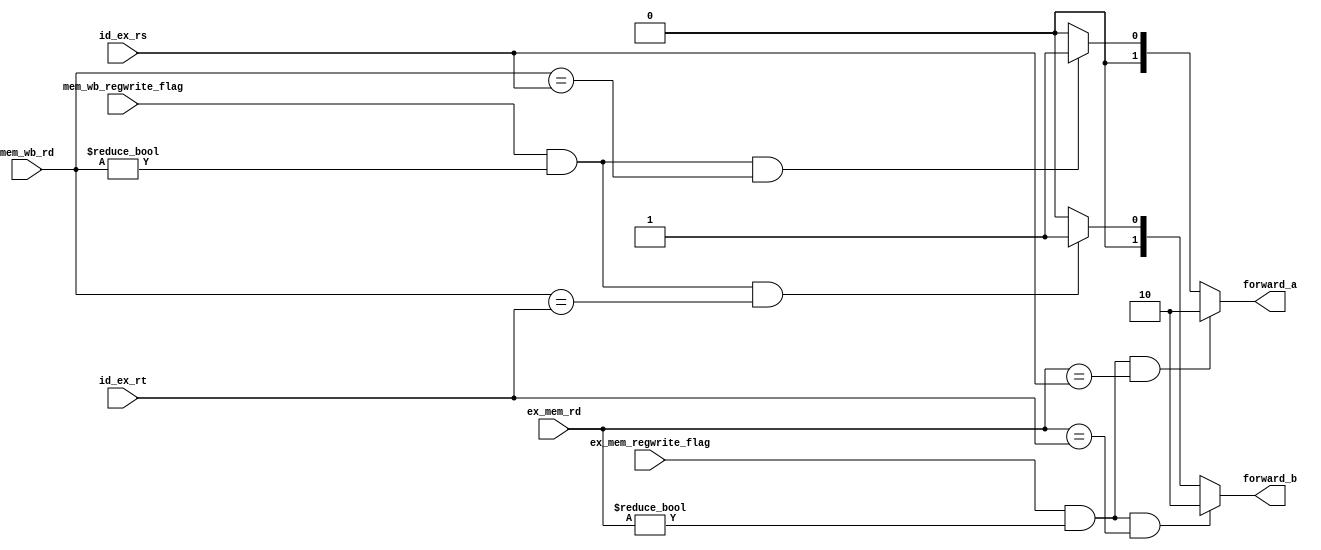
`timescale 1ns / 1ps
//////////////////////////////////////////////////////////////////////////////////
// Company: 
// Engineer: 
// 
// Design Name: 
// Module Name: bypath_ctr
// Project Name: 
// Target Devices: 
// Tool Versions: 
// Description: 
// 
// Dependencies: 
// 
// Revision:
// Revision 0.01 - File Created
// Additional Comments:
// 
//////////////////////////////////////////////////////////////////////////////////


module bypath_ctr(
input wire [4:0]        id_ex_rs,
input wire [4:0]        id_ex_rt,
input wire [4:0]        ex_mem_rd,
input wire [4:0]        mem_wb_rd,
input wire              ex_mem_regwrite_flag,
input wire              mem_wb_regwrite_flag,
output wire [1:0]       forward_a,
output wire [1:0]       forward_b
    );
    
    wire forwardA_ex_mem_condition;
    wire forwardA_mem_wb_condition;
    wire forwardB_ex_mem_condition;
    wire forwardB_mem_wb_condition;
    
    assign forwardA_ex_mem_condition = (ex_mem_regwrite_flag == 1'b1) && (ex_mem_rd != 0) && (ex_mem_rd == id_ex_rs);
//    assign forwardA_mem_wb_condition = (mem_wb_regwrite_flag == 1'b1) && (mem_wb_rd != 0) && ( mem_wb_rd == id_ex_rs) && 
//    ( !((ex_mem_regwrite_flag == 1'b1) && (ex_mem_rd != 0) && ( ex_mem_rd != id_ex_rs)) );
    assign forwardA_mem_wb_condition = (mem_wb_regwrite_flag == 1'b1) && (mem_wb_rd != 0) && ( mem_wb_rd == id_ex_rs);
    
    assign forwardB_ex_mem_condition = (ex_mem_regwrite_flag == 1'b1) && (ex_mem_rd != 0) && (ex_mem_rd == id_ex_rt);
//    assign forwardB_mem_wb_condition = (mem_wb_regwrite_flag == 1'b1) && (mem_wb_rd != 0) && ( mem_wb_rd == id_ex_rt) && 
//    ( !((ex_mem_regwrite_flag == 1'b1) && (ex_mem_rd != 0) && ( ex_mem_rd != id_ex_rt)) );
    assign forwardB_mem_wb_condition = (mem_wb_regwrite_flag == 1'b1) && (mem_wb_rd != 0) && ( mem_wb_rd == id_ex_rt);
    
    function [1:0]  FORWARD;
    input       ex_mem_condition;
    input       mem_wb_condition;
    begin
        if( ex_mem_condition )
            FORWARD = 2'b10;
        else if( mem_wb_condition )
            FORWARD = 2'b01;
        else
            FORWARD = 2'b00;
    end
    endfunction
    
    assign forward_a = FORWARD(forwardA_ex_mem_condition, forwardA_mem_wb_condition);
    assign forward_b = FORWARD(forwardB_ex_mem_condition, forwardB_mem_wb_condition);
    
endmodule